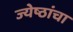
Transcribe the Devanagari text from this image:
ज्येष्ठांचा